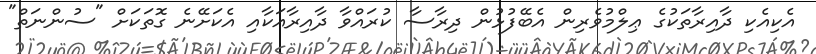
އެކިއެކި ދާއިރާތަކުގެ ޢިލްމުވެރިން އެބޭފުޅުން ދިރާސާ ކުރައްވާ ދާއިރާއަކާއި އެކަށޭނެ ގޮތަކަށް "ސުންނަތް"